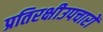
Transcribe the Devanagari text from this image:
प्रतिरक्षीउपचारों